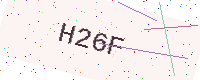
Text: H26F